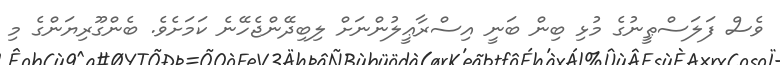
ވެސް ފަލަސްޠީނުގެ މުޅި ބިން ބަނީ އިސްރާޢީލުންނަށް ލިބިދޭންޖެހޭނެ ކަމަށެވެ. ބެންގޫރިޔަންގެ މި